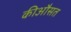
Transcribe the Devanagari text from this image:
कीऔसत